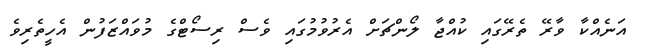
އަނެއްކާ ވާރޭ ތެރޭގައި ކުއްޖާ ލޯންޗަށް އެރުވުމުގައި ވެސް ރިސޯޓްގެ މުވައްޒަފުން އެހީތެރިވެ